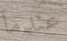
عندما